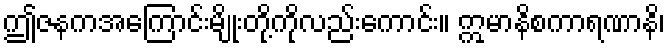
ဤဇနကအကြောင်းမျိုးတို့ကိုလည်းကောင်း။ ဣမာနိစကာရဏာနိ၊